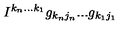
I ^ { k _ { n } . . . k _ { 1 } } g _ { k _ { n } j _ { n } } . . . g _ { k _ { 1 } j _ { 1 } }